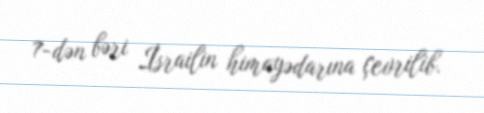
7-dən bəri İsrailin himayədarına çevrilib.